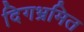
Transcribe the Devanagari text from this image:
दिगभ्रमित